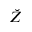
\breve { Z }